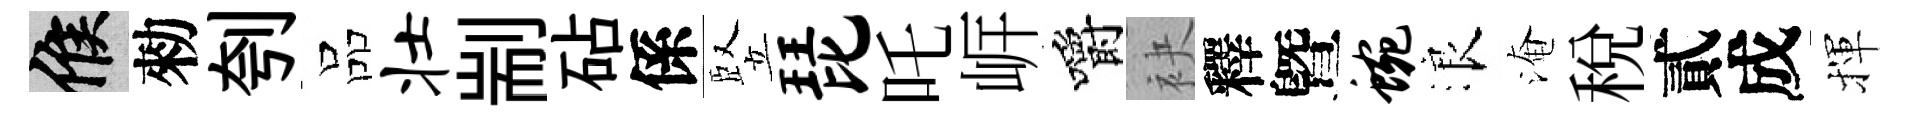
候勑刳品壮剬砧係竪琵吒㟁嚼袂釋曁蜿浪淹税貳成揮